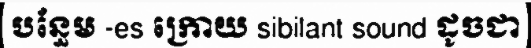
បន្ធែម -es ក្រោយ sibilant sound ដូចជា